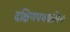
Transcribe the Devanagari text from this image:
दक्षिणपथवासिनः